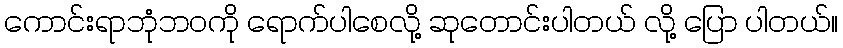
ကောင်းရာဘုံဘဝကို ရောက်ပါစေလို့ ဆုတောင်းပါတယ် လို့ ပြော ပါတယ်။